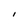
Character: I